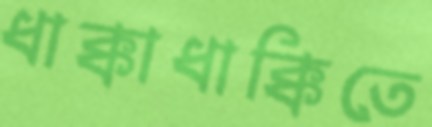
ধাক্কাধাক্কিতে